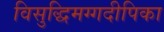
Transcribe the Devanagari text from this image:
विसुद्धिमग्गदीपिका